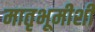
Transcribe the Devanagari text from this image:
मातृभूमीशी